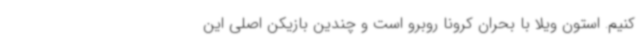
کنیم. استون ویلا با بحران کرونا روبرو است و چندین بازیکن اصلی این